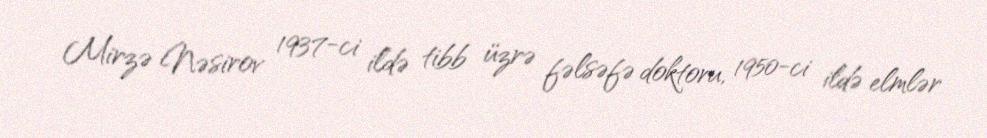
Mirzə Nəsirov 1937-ci ildə tibb üzrə fəlsəfə doktoru, 1950-ci ildə elmlər